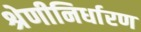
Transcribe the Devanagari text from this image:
श्रेणीनिर्धारण